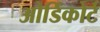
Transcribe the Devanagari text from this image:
ओडिंकोर्ट